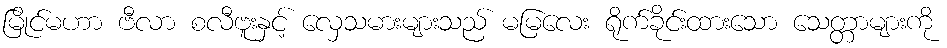
မြိုင်မဟာ ဗီလာ စလီဗူးနှင့် လှေသမားများသည် မမြလေး ရိုက်ခိုင်းထားသော သေတ္တာများကို